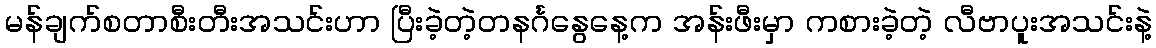
မန်ချက်စတာစီးတီးအသင်းဟာ ပြီးခဲ့တဲ့တနင်္ဂနွေနေ့က အန်းဖီးမှာ ကစားခဲ့တဲ့ လီဗာပူးအသင်းနဲ့